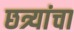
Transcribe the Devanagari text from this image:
छत्र्यांचा